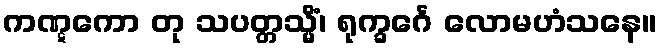
ကဏ္ဋကော တု သပတ္တသ္မိံ၊ ရုက္ခင်္ဂေ လောမဟံသနေ။